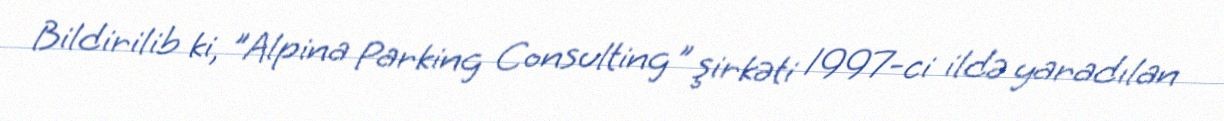
Bildirilib ki, "Alpina Parking Consulting" şirkəti 1997-ci ildə yaradılan